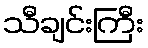
သီချင်းကြီး